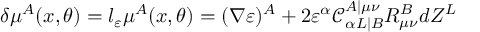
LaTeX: \delta \mu ^ { A } ( x , \theta ) = l _ { \varepsilon } \mu ^ { A } ( x , \theta ) = ( \nabla \varepsilon ) ^ { A } + 2 \varepsilon ^ { \alpha } \mathcal { C } _ { \alpha L | B } ^ { A | \mu \nu } R _ { \mu \nu } ^ { B } d Z ^ { L }